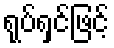
ရုပ်ရှင်ဖြင့်